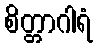
စိတ္တာဂါရံ